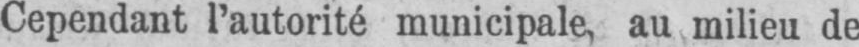
Cependant l’autorité municipale, au milieu de